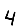
Digit: 4